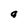
Character: a